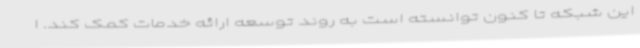
این شبکه تا کنون توانسته است به روند توسعه ارائه خدمات کمک کند. ا